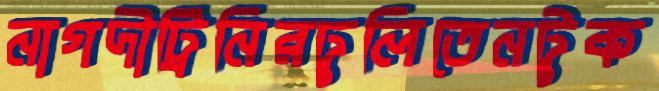
নাগদীট্রিনিরঢুলিতেনটুক